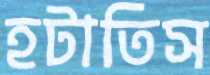
হটাতিস